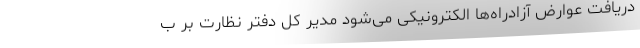
دریافت عوارض آزادراه‌ها الکترونیکی می‌شود مدیر کل دفتر نظارت بر ب